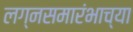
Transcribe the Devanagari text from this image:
लग्नसमारंभाच्या